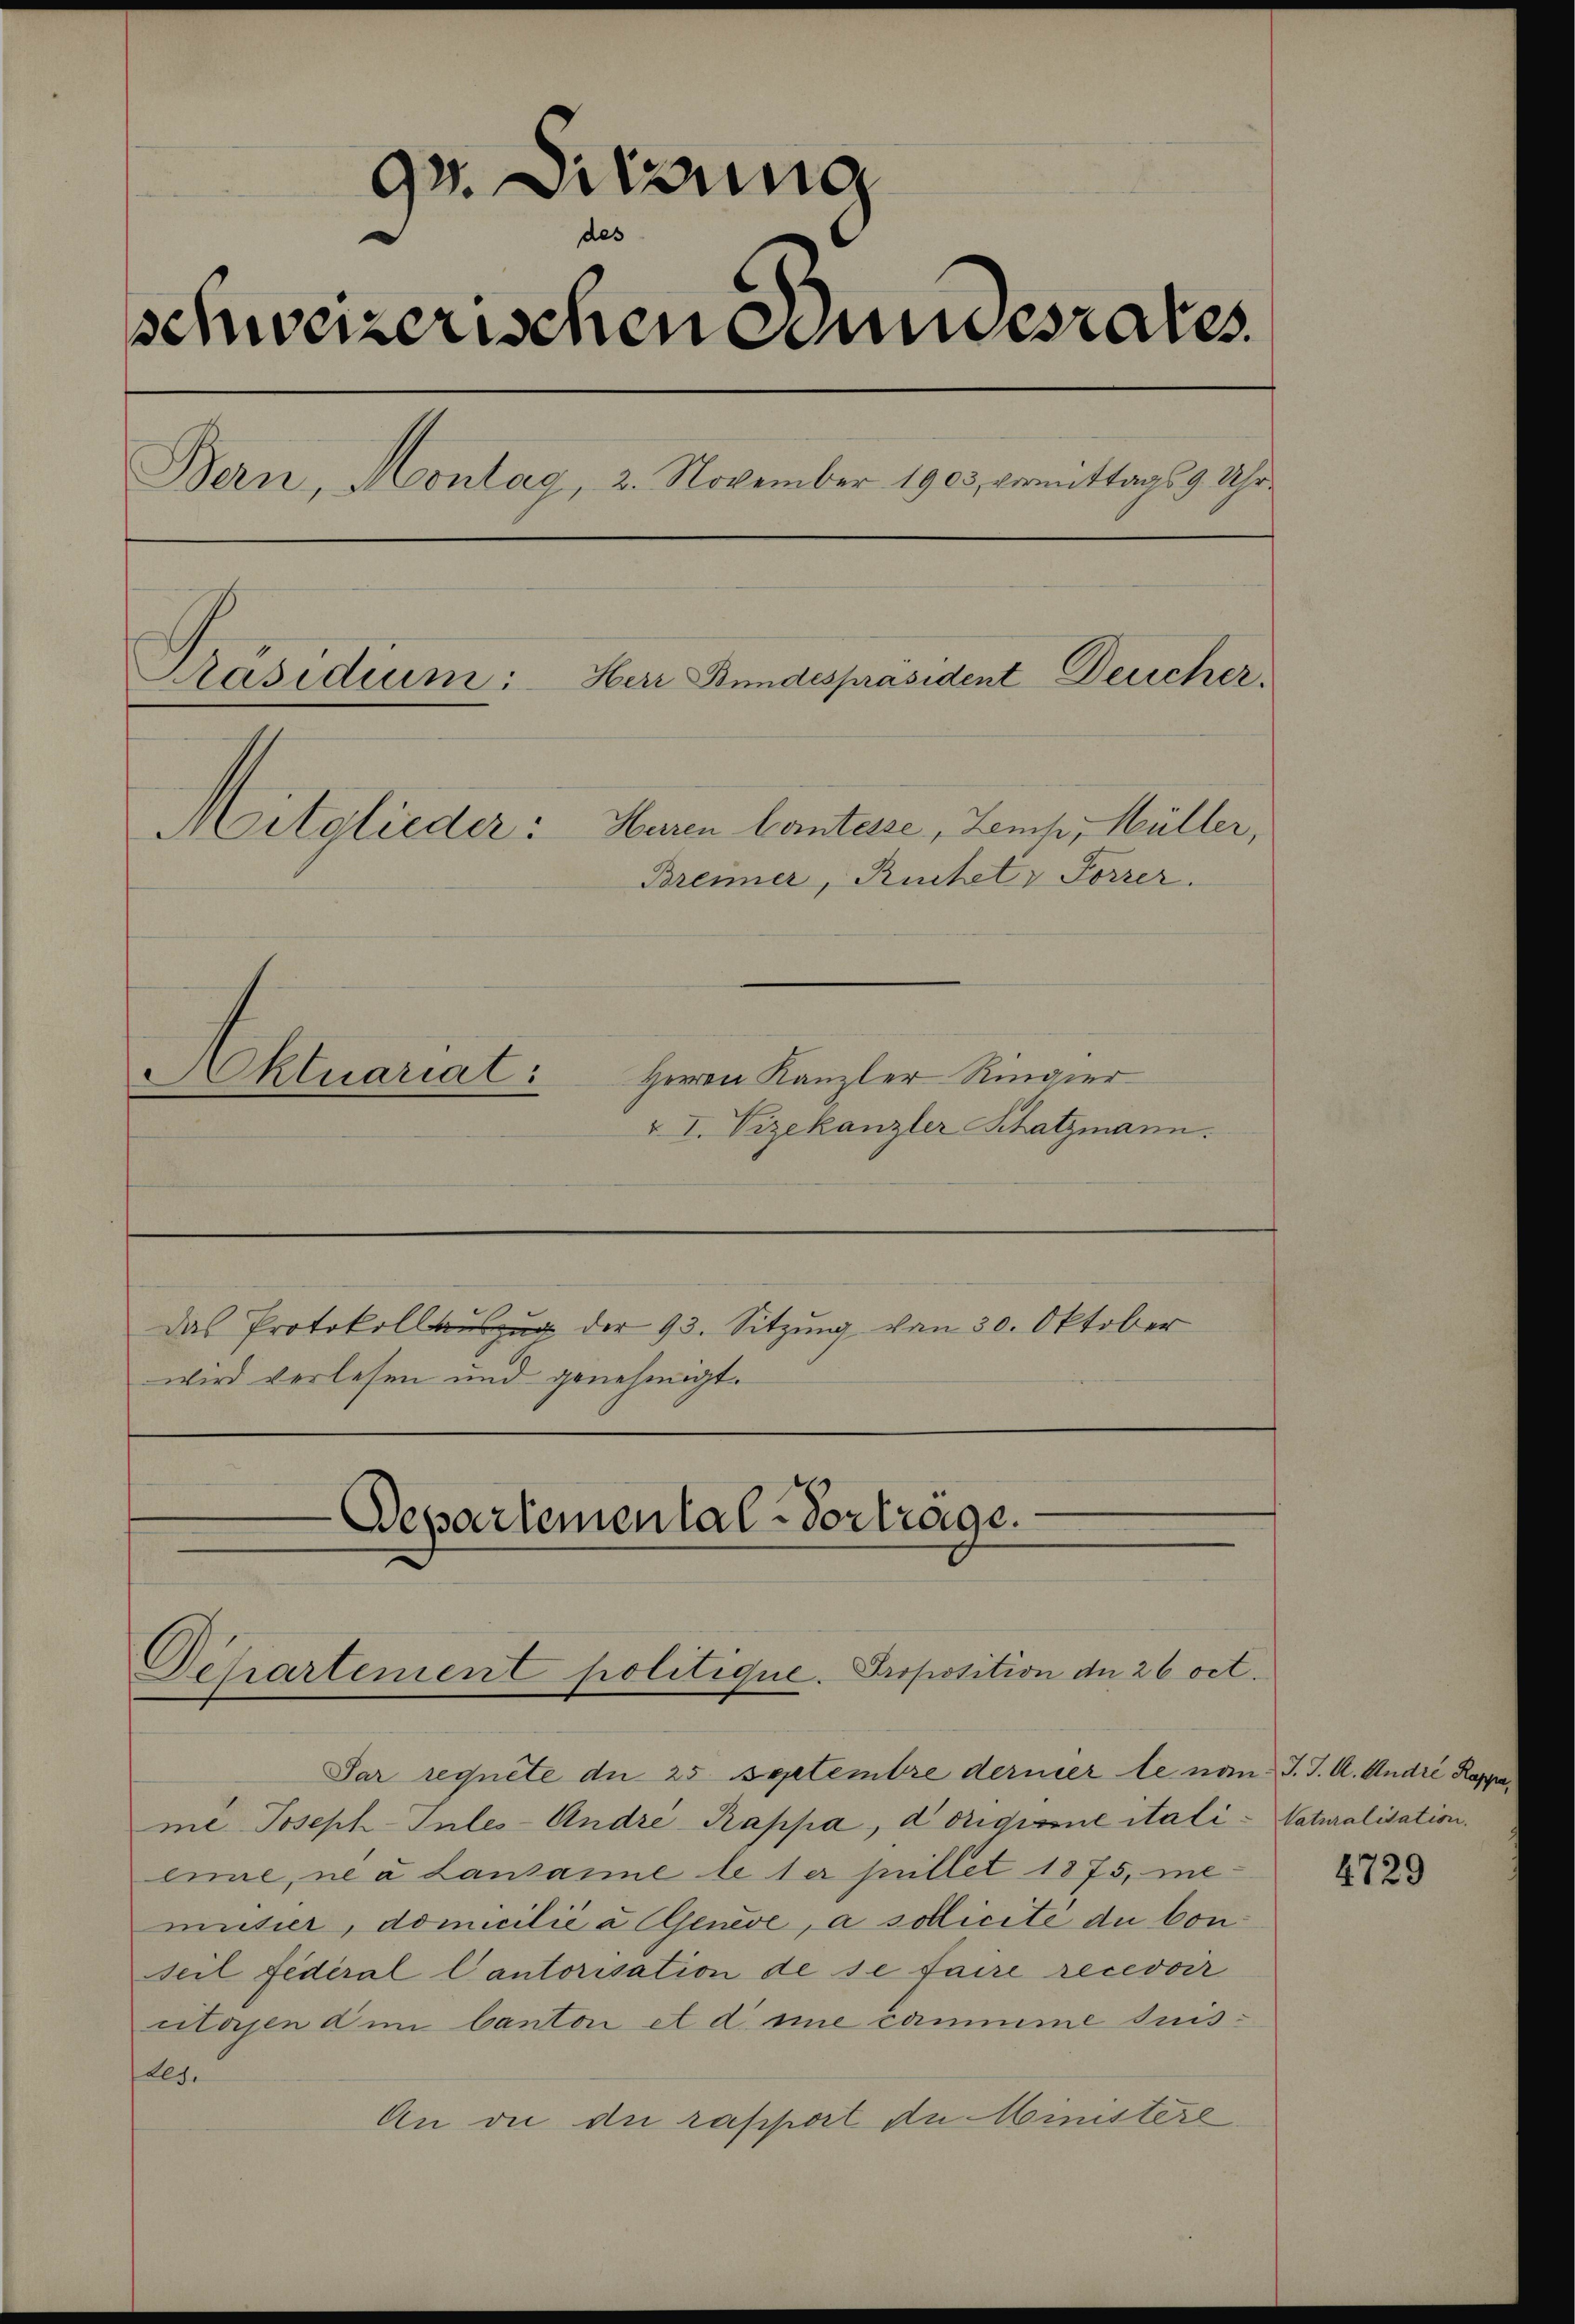
gr. Sitzung
schweizerischen Bundesrates
Bern, Montag, 2. November 1903, vermittags 9 Uhr¬
Präsidium:
Herr Bundespräsident Deucher.
Herren Comtesse, Zeich, Müller,
Mitglieder:
Brenner, Ruchet v Forrer.

Herrn Kanzler Ringier
v I. Vizekanzler Katzmann.

Aktuariat:

Das Protokollauszug der 93. Sitzung von 30. Oktober
wird verlesen und genehmigt.

-Departemental-Vorträge.

Departement politique. Proposition der 26 oct.

Par requete du 25 Septembre derner le non J. J. A. André Rappe
me Joseph-Inles- Andre Rappa, d origine itali-Vaturalisation.
eine, ni à Lausanne le ter Millet 1875, me
mutier, domicilié à jenese, a sollicité du Conseil fédéral Cantorisation de se faire recevoir
ctasen dem Canton et d. sie cammme suisllg.
An die die rapport an Ministere

4729